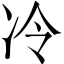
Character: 冷